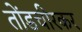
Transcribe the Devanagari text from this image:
तोंडचीरकर